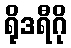
ရိုဒရီဂို